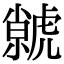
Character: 虩